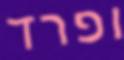
ופרד